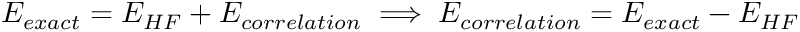
E _ { e x a c t } = E _ { H F } + E _ { c o r r e l a t i o n } \implies E _ { c o r r e l a t i o n } = E _ { e x a c t } - E _ { H F }